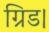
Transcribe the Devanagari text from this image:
ग्रिड।